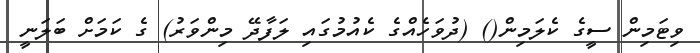
ވިޓަމިން ސީގެ ކެލަމިން() (ދުވަހެއްގެ ކެއުމުގައި ލަފާދޭ މިންވަރު) ގެ ކަމަށް ބަލަނީ